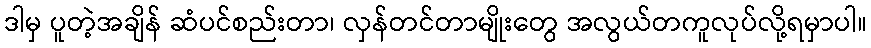
ဒါမှ ပူတဲ့အချိန် ဆံပင်စည်းတာ၊ လှန်တင်တာမျိုးတွေ အလွယ်တကူလုပ်လို့ရမှာပါ။